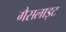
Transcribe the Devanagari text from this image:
गैसलाइट